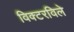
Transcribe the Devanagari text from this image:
विक्टरविले